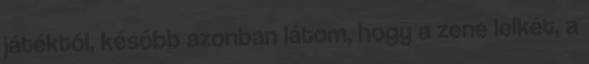
játéktól, később azonban látom, hogy a zene lelkét, a